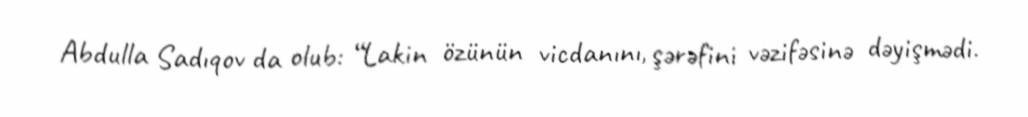
Abdulla Sadıqov da olub: “Lakin özünün vicdanını, şərəfini vəzifəsinə dəyişmədi.